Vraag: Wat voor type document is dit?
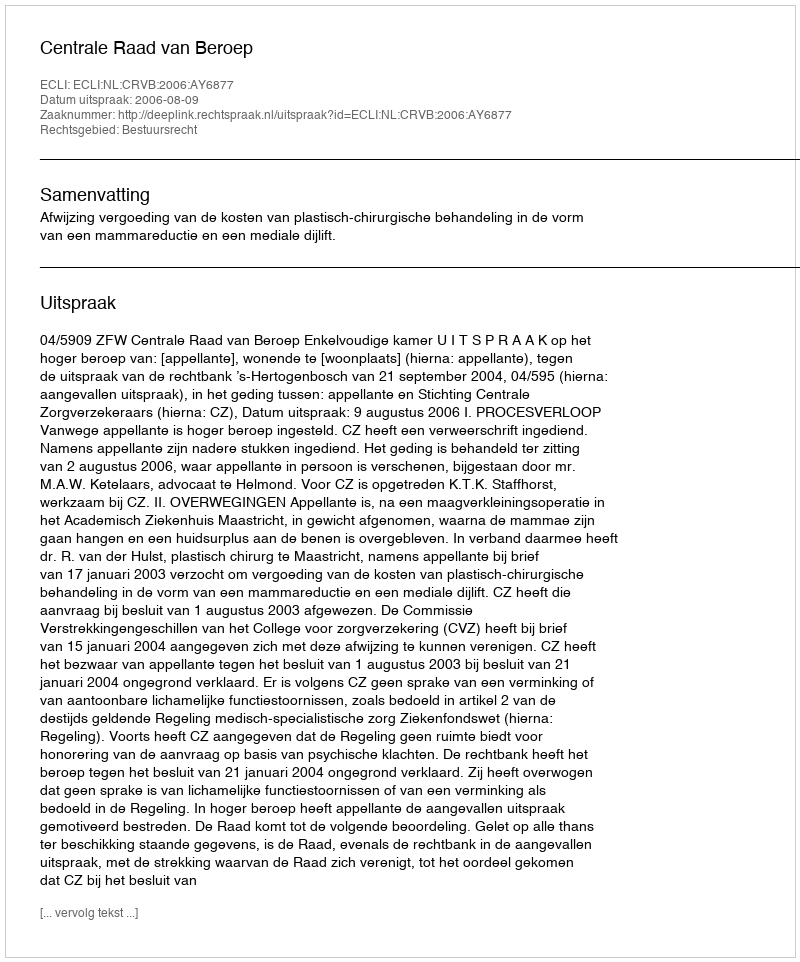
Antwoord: Uitspraak